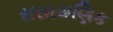
રાસાયણિક